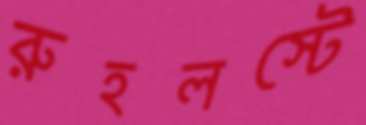
রুহলস্টে